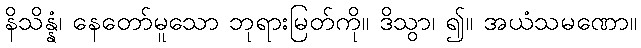
နိသိန္နံ၊ နေတော်မူသော ဘုရားမြတ်ကို။ ဒိသွာ၊ ၍။ အယံသမဏော။